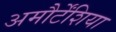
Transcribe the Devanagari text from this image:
अमौर्टेंशिया